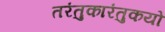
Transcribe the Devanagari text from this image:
तरंतुकारंतुकयो